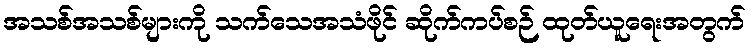
အသစ်အသစ်များကို သက်သေအသံဖိုင် ဆိုက်ကပ်စဉ် ထုတ်ယူရေးအတွက်